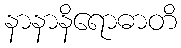
နာနာနိရောဓာတိ